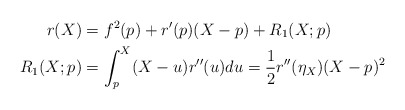
\begin{align*}r(X) & = f^2(p) + r'(p)(X-p) + R_1(X;p) \\R_1(X;p)& =\int_p^X (X-u)r''(u)du = \frac{1}{2}r''(\eta_X)(X-p)^2\end{align*}